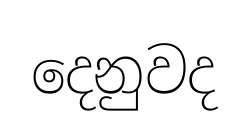
දෙනුවද